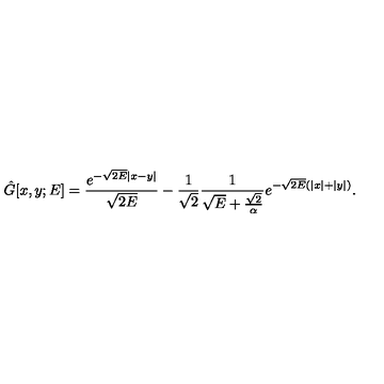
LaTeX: \hat { G } [ x , y ; E ] = \frac { e ^ { - \sqrt { 2 E } | x - y | } } { \sqrt { 2 E } } - \frac { 1 } { \sqrt { 2 } } \frac { 1 } { \sqrt { E } + \frac { \sqrt { 2 } } { \alpha } } e ^ { - \sqrt { 2 E } ( | x | + | y | ) } .